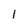
Character: l